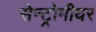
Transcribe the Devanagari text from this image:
सेन्ट्रोमीयर